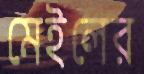
মেইলের